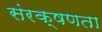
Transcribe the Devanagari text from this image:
संरक्षणता